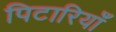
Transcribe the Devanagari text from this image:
पिटारियाँ